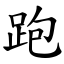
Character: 跑